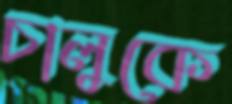
চালুকে